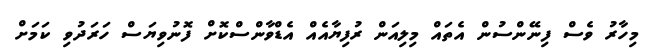
މިހާރު ވެސް ފިނޭންސުން އެތައް މިލިއަން ރުފިޔާއެއް އެޑްވާންސްކޮށް ފޮނުވިޔަސް ހަރަދުވި ކަމަށް